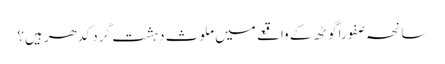
سانحہ صفورا گوٹھ کے واقعے میں ملوث دہشت گرد کدھر ہیں؟